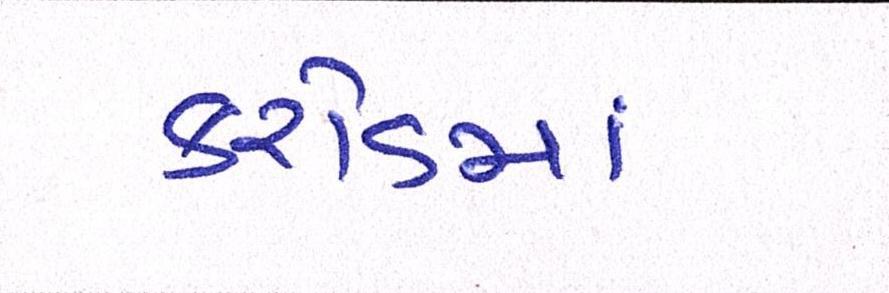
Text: કરોડમાં